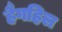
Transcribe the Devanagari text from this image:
हैगहिल